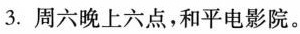
3.周六晚上六点，和平电影院。